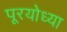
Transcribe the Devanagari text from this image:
पूरयोध्या